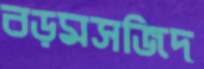
বড়মসজিদ